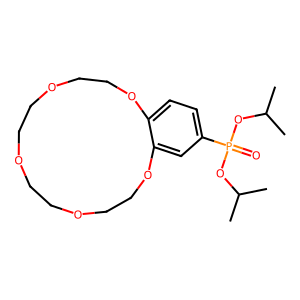
SMILES: CC(C)OP(=O)(OC(C)C)c1ccc2c(c1)OCCOCCOCCOCCO2
Inhibits HIV replication: No